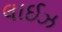
લાઈઝ